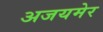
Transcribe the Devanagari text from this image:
अजयमेर